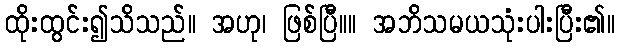
ထိုးထွင်း၍သိသည်။ အဟု၊ ဖြစ်ပြီ။။ အဘိသမယသုံးပါးပြီး၏။